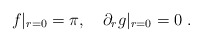
\begin{align*}f|_{r=0} = \pi, \ \ \ \partial_r g|_{r=0}=0 \ . \end{align*}